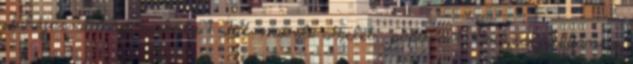
Fahéjas-almás piskóta 1 Fitt müzli szelet papucs 1 Grízes puffancs